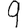
Digit: 9